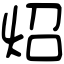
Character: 炤